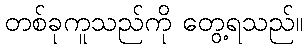
တစ်ခုကူသည်ကို တွေ့ရသည်။